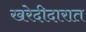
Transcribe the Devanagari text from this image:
खरेदीदारात